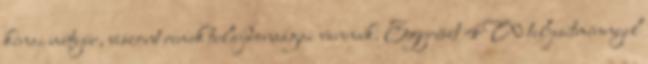
kínai mütyür, viszont remek tulajdonságai vannak. Egyrészt 4W teljesítménnyel